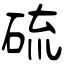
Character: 硫